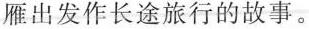
雁出发作长途旅行的故事。